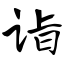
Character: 诣